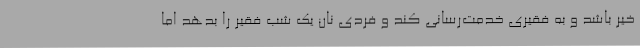
خیر باشد و به فقیری خدمت‌رسانی کند و فردی نان یک شب فقیر را بدهد اما